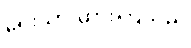
ရေးသားထားကြသည်